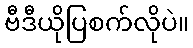
ဗီဒီယိုပြစက်လိုပဲ။